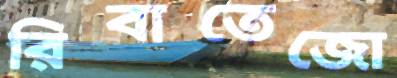
রিবাতেজো